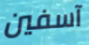
آسفين